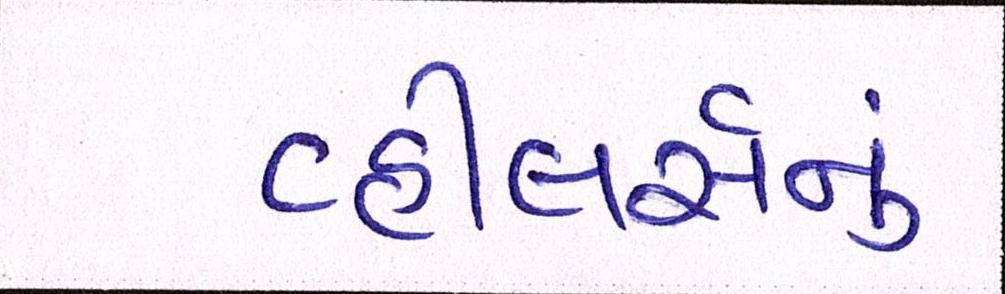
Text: વ્હીલર્સનું